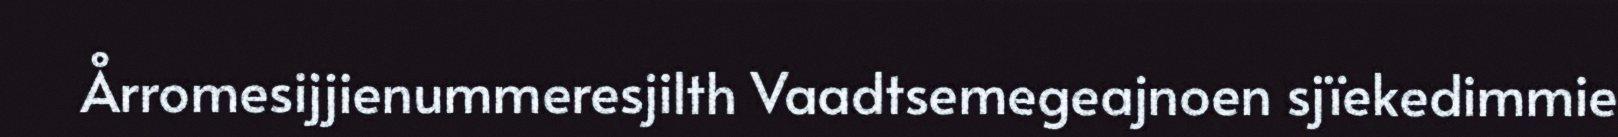
Årromesijjienummeresjilth Vaadtsemegeajnoen sjïekedimmie